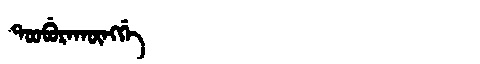
Manchu: ᡨᠣᠣᠪᡠᡵᠠᡴᡡᠩᡤᡝ
Romanization: TOOBURAKŪNGGE